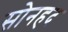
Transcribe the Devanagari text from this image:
सोनहद